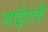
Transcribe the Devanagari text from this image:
नाईटली